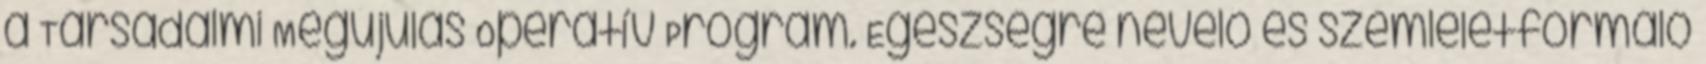
a Társadalmi Megújulás Operatív Program. Egészségre nevelő és szemléletformáló